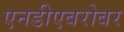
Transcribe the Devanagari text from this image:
एनडीएबरोबर